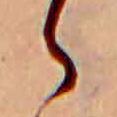
ら